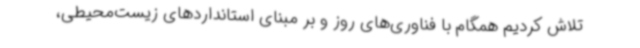
تلاش کردیم همگام با فناوری‌های روز و بر مبنای استانداردهای زیست‌محیطی،